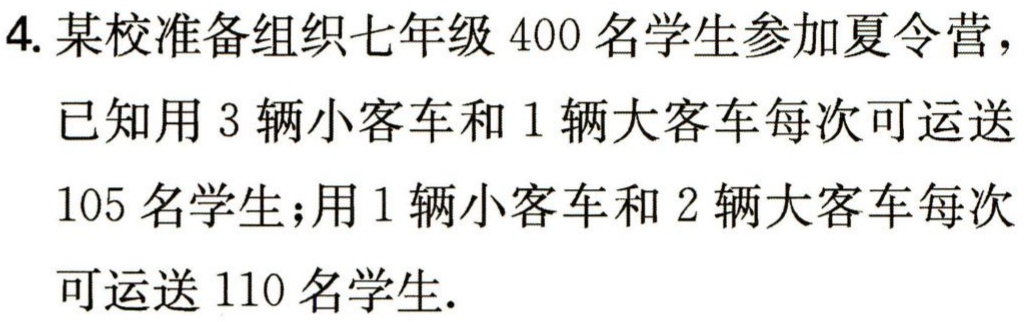
4. 某校准备组织七年级400名学生参加夏令营，

已知用3辆小客车和1辆大客车每次可运送

105名学生；用1辆小客车和2辆大客车每次

可运送110名学生.